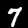
Label: 7